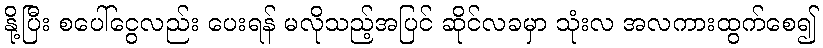
နို့ပြီး စပေါ်ငွေလည်း ပေးရန် မလိုသည့်အပြင် ဆိုင်လခမှာ သုံးလ အလကားထွက်စေ၍